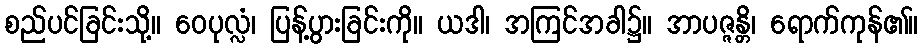
စည်ပင်ခြင်းသို့။ ဝေပုလ္လံ၊ ပြန့်ပွားခြင်းကို။ ယဒါ၊ အကြင်အခါ၌။ အာပဇ္ဇန္တိ၊ ရောက်ကုန်၏။